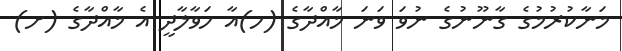
މަނާކުރުމުގެ ގާނޫނުގެ ނުވަ ވަނަ މާއްދާގެ (ހ)އާ ހަވާލާދީ އެ މާއްދާގެ (ށ)